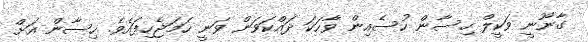
ގާނޫނީ ވަކީލް ހިސާން ހުސެއިން ވާހަކަ ދައްކަވަން ވަނީ ހަމަޖެހިފައެވެ. ހިސާން އަށް